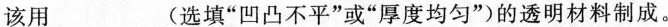
该用___(选填”凹凸不平”或”厚度均匀”)的透明材料制成。